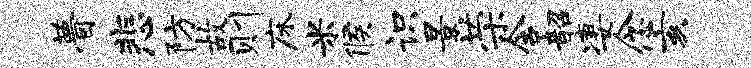
瞢悲防故则床米候识景荣含韶凄念亥